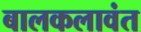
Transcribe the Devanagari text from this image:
बालकलावंत